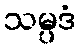
သမ္ပဒံ